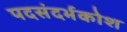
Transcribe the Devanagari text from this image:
पदसंदर्भकोश